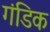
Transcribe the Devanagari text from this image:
गंडिक